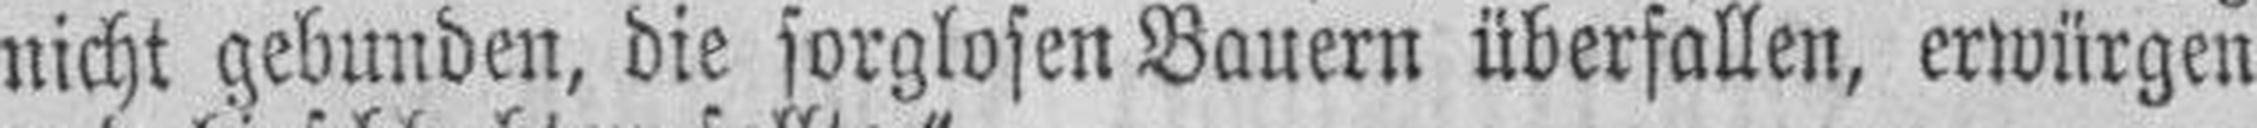
nicht gebunden, die sorglosen Bauern überfallen, erwürgen